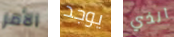
الأمر يوجد الذي